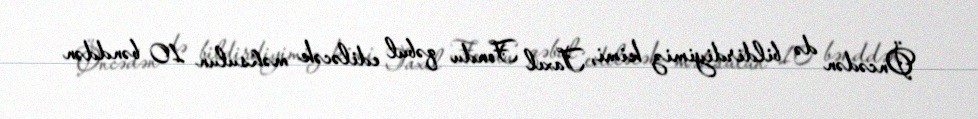
Öncədən də bildirdiyimiz kimi, Taxıl Fondu qəbul ediləcək məhsulun 10 bənddən